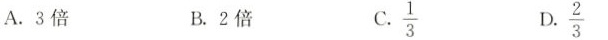
A.3倍 B.2倍 $$\frac{1}{3}$$ $$\frac{2}{3}$$